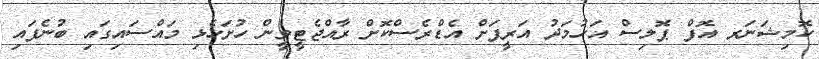
ކޮމިޝަނަރ އޮފް ޕޮލިސް އަހުމަދު އަރީފަށް އެޑްރެސްކޮށް ރާއްޖެޓީވީން ހުށަހެޅި މައްސައިގައި ބުނެފައި